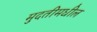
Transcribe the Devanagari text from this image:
मुदतीमधील